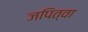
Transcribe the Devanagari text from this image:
जपित्वा